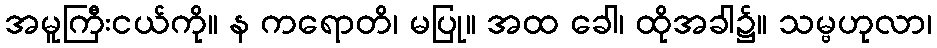
အမူကြီးငယ်ကို။ န ကရောတိ၊ မပြု။ အထ ခေါ၊ ထိုအခါ၌။ သမ္ဗဟုလာ၊